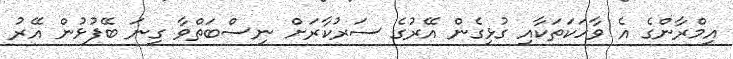
އިމްރާންގެ އެ ވާހަކަތަކާއި ގުޅިގެން އޭރުގެ ސަރުކާރަށް ނިސްބަތްވާ ގިނަ ބޭފުޅުން އޭރު